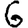
Digit: 6